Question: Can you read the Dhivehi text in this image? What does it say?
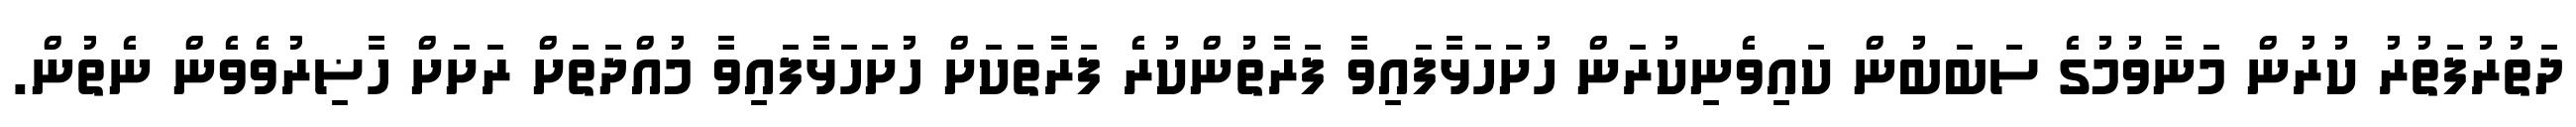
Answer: ދަތުރުފަތުރު ކުރުން މަނާވުމުގެ ސަބަބުން ކައިވެނިކުރަން ހުށަހަޅާފައިވާ ފަރާތުންކުރެ ފަރާތަކަށް ހުށަހަޅާފައިވާ މުއްދަތަށް ރަށަށް ހާޟިރުވެވެން ނެތުން.